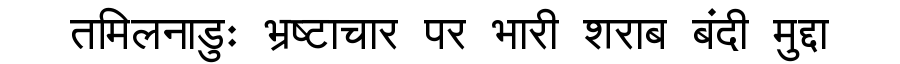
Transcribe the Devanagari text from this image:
तमिलनाडुः भ्रष्टाचार पर भारी शराब बंदी मुद्दा